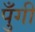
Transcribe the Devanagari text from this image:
पुँगी